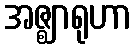
အဇ္ဈာရုဟာ